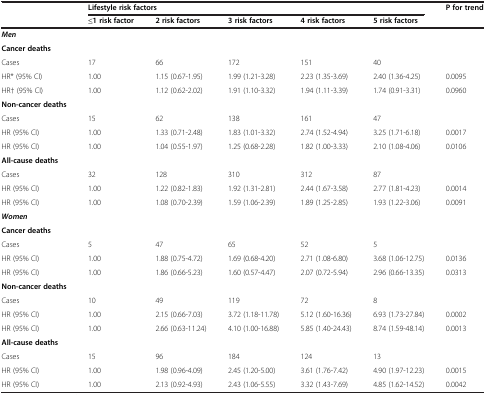
<table><thead><tr><td><b> </b></td><td colspan="5"><b>Lifestyle risk factors</b></td><td rowspan="2"><b>P for trend</b></td></tr><tr><td><b> </b></td><td><b>≤1 risk factor</b></td><td><b>2 risk factors</b></td><td><b>3 risk factors</b></td><td><b>4 risk factors</b></td><td><b>5 risk factors</b></td></tr></thead><tbody><tr><td><b><i>Men</i></b></td><td> </td><td> </td><td> </td><td> </td><td> </td><td> </td></tr><tr><td><b>Cancer deaths</b></td><td> </td><td> </td><td> </td><td> </td><td> </td><td> </td></tr><tr><td>Cases</td><td>17</td><td>66</td><td>172</td><td>151</td><td>40</td><td> </td></tr><tr><td>HR* (95% CI)</td><td>1.00</td><td>1.15 (0.67-1.95)</td><td>1.99 (1.21-3.28)</td><td>2.23 (1.35-3.69)</td><td>2.40 (1.36-4.25)</td><td>0.0095</td></tr><tr><td>HR† (95% CI)</td><td>1.00</td><td>1.12 (0.62-2.02)</td><td>1.91 (1.10-3.32)</td><td>1.94 (1.11-3.39)</td><td>1.74 (0.91-3.31)</td><td>0.0960</td></tr><tr><td><b>Non-cancer deaths</b></td><td> </td><td> </td><td> </td><td> </td><td> </td><td> </td></tr><tr><td>Cases</td><td>15</td><td>62</td><td>138</td><td>161</td><td>47</td><td> </td></tr><tr><td>HR (95% CI)</td><td>1.00</td><td>1.33 (0.71-2.48)</td><td>1.83 (1.01-3.32)</td><td>2.74 (1.52-4.94)</td><td>3.25 (1.71-6.18)</td><td>0.0017</td></tr><tr><td>HR (95% CI)</td><td>1.00</td><td>1.04 (0.55-1.97)</td><td>1.25 (0.68-2.28)</td><td>1.82 (1.00-3.33)</td><td>2.10 (1.08-4.06)</td><td>0.0106</td></tr><tr><td><b>All-cause deaths</b></td><td> </td><td> </td><td> </td><td> </td><td> </td><td> </td></tr><tr><td>Cases</td><td>32</td><td>128</td><td>310</td><td>312</td><td>87</td><td> </td></tr><tr><td>HR (95% CI)</td><td>1.00</td><td>1.22 (0.82-1.83)</td><td>1.92 (1.31-2.81)</td><td>2.44 (1.67-3.58)</td><td>2.77 (1.81-4.23)</td><td>0.0014</td></tr><tr><td>HR (95% CI)</td><td>1.00</td><td>1.08 (0.70-2.39)</td><td>1.59 (1.06-2.39)</td><td>1.89 (1.25-2.85)</td><td>1.93 (1.22-3.06)</td><td>0.0091</td></tr><tr><td><b><i>Women</i></b></td><td> </td><td> </td><td> </td><td> </td><td> </td><td> </td></tr><tr><td><b>Cancer deaths</b></td><td> </td><td> </td><td> </td><td> </td><td> </td><td> </td></tr><tr><td>Cases</td><td>5</td><td>47</td><td>65</td><td>52</td><td>5</td><td> </td></tr><tr><td>HR (95% CI)</td><td>1.00</td><td>1.88 (0.75-4.72)</td><td>1.69 (0.68-4.20)</td><td>2.71 (1.08-6.80)</td><td>3.68 (1.06-12.75)</td><td>0.0136</td></tr><tr><td>HR (95% CI)</td><td>1.00</td><td>1.86 (0.66-5.23)</td><td>1.60 (0.57-4.47)</td><td>2.07 (0.72-5.94)</td><td>2.96 (0.66-13.35)</td><td>0.0313</td></tr><tr><td><b>Non-cancer deaths</b></td><td> </td><td> </td><td> </td><td> </td><td> </td><td> </td></tr><tr><td>Cases</td><td>10</td><td>49</td><td>119</td><td>72</td><td>8</td><td> </td></tr><tr><td>HR (95% CI)</td><td>1.00</td><td>2.15 (0.66-7.03)</td><td>3.72 (1.18-11.78)</td><td>5.12 (1.60-16.36)</td><td>6.93 (1.73-27.84)</td><td>0.0002</td></tr><tr><td>HR (95% CI)</td><td>1.00</td><td>2.66 (0.63-11.24)</td><td>4.10 (1.00-16.88)</td><td>5.85 (1.40-24.43)</td><td>8.74 (1.59-48.14)</td><td>0.0013</td></tr><tr><td><b>All-cause deaths</b></td><td> </td><td> </td><td> </td><td> </td><td> </td><td> </td></tr><tr><td>Cases</td><td>15</td><td>96</td><td>184</td><td>124</td><td>13</td><td> </td></tr><tr><td>HR (95% CI)</td><td>1.00</td><td>1.98 (0.96-4.09)</td><td>2.45 (1.20-5.00)</td><td>3.61 (1.76-7.42)</td><td>4.90 (1.97-12.23)</td><td>0.0015</td></tr><tr><td>HR (95% CI)</td><td>1.00</td><td>2.13 (0.92-4.93)</td><td>2.43 (1.06-5.55)</td><td>3.32 (1.43-7.69)</td><td>4.85 (1.62-14.52)</td><td>0.0042</td></tr></tbody></table>